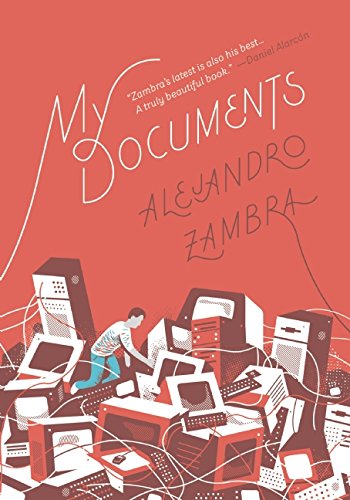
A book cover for My Documents; Alejandro Zambra; Literature & Fiction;